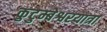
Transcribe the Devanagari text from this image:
कुटुम्बेश्वरयात्रा